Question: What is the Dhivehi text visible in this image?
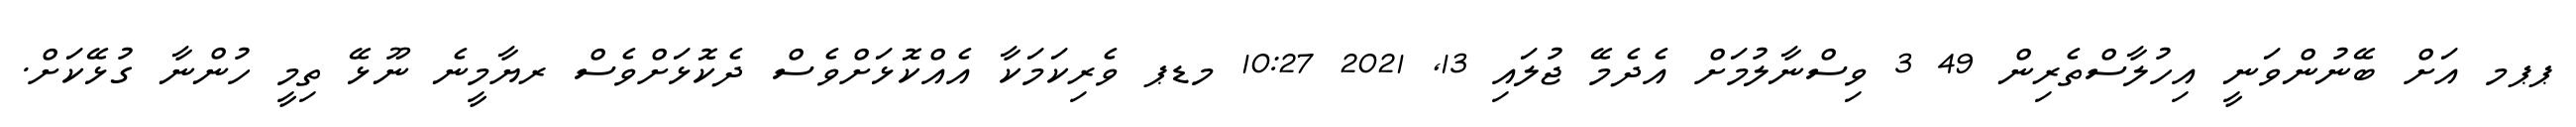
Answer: ޕޕމ އަށް ބޭނުންވަނީ އިހުލާސްތެރިން 49 3 ވިސްނާލުމަށް އެދެމޭ ޖުލައި 13, 2021 10:27 މޑޕ ވެރިކަމަކާ އެއްކޮޅަށްވެސް ދެކޮޅަށްވެސް ރޔާމީނެ ނޫޅޭ ތިމީ ހުންނާ ގުޅޭކަށް.